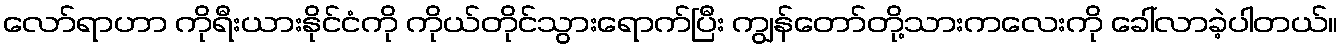
လော်ရာဟာ ကိုရီးယားနိုင်ငံကို ကိုယ်တိုင်သွားရောက်ပြီး ကျွန်တော်တို့သားကလေးကို ခေါ်လာခဲ့ပါတယ်။